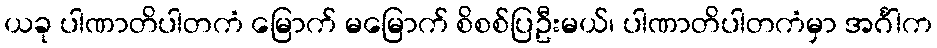
ယခု ပါဏာတိပါတကံ မြောက် မမြောက် စိစစ်ပြဦးမယ်၊ ပါဏာတိပါတကံမှာ အင်္ဂါက